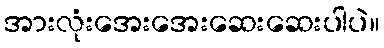
အားလုံးအေးအေးဆေးဆေးပါပဲ။